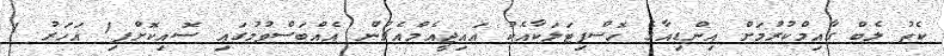
ކެތު ލެބް ގާއިމްކުރުމަށް އިންޑިއާގެ ހޮސްޕިޓަލަކާއެކު އައިޖީއެމްއެޗުން އެއްބަސްވުމުގައި ސޮއިކޮށްފި1 އަހަރު 1